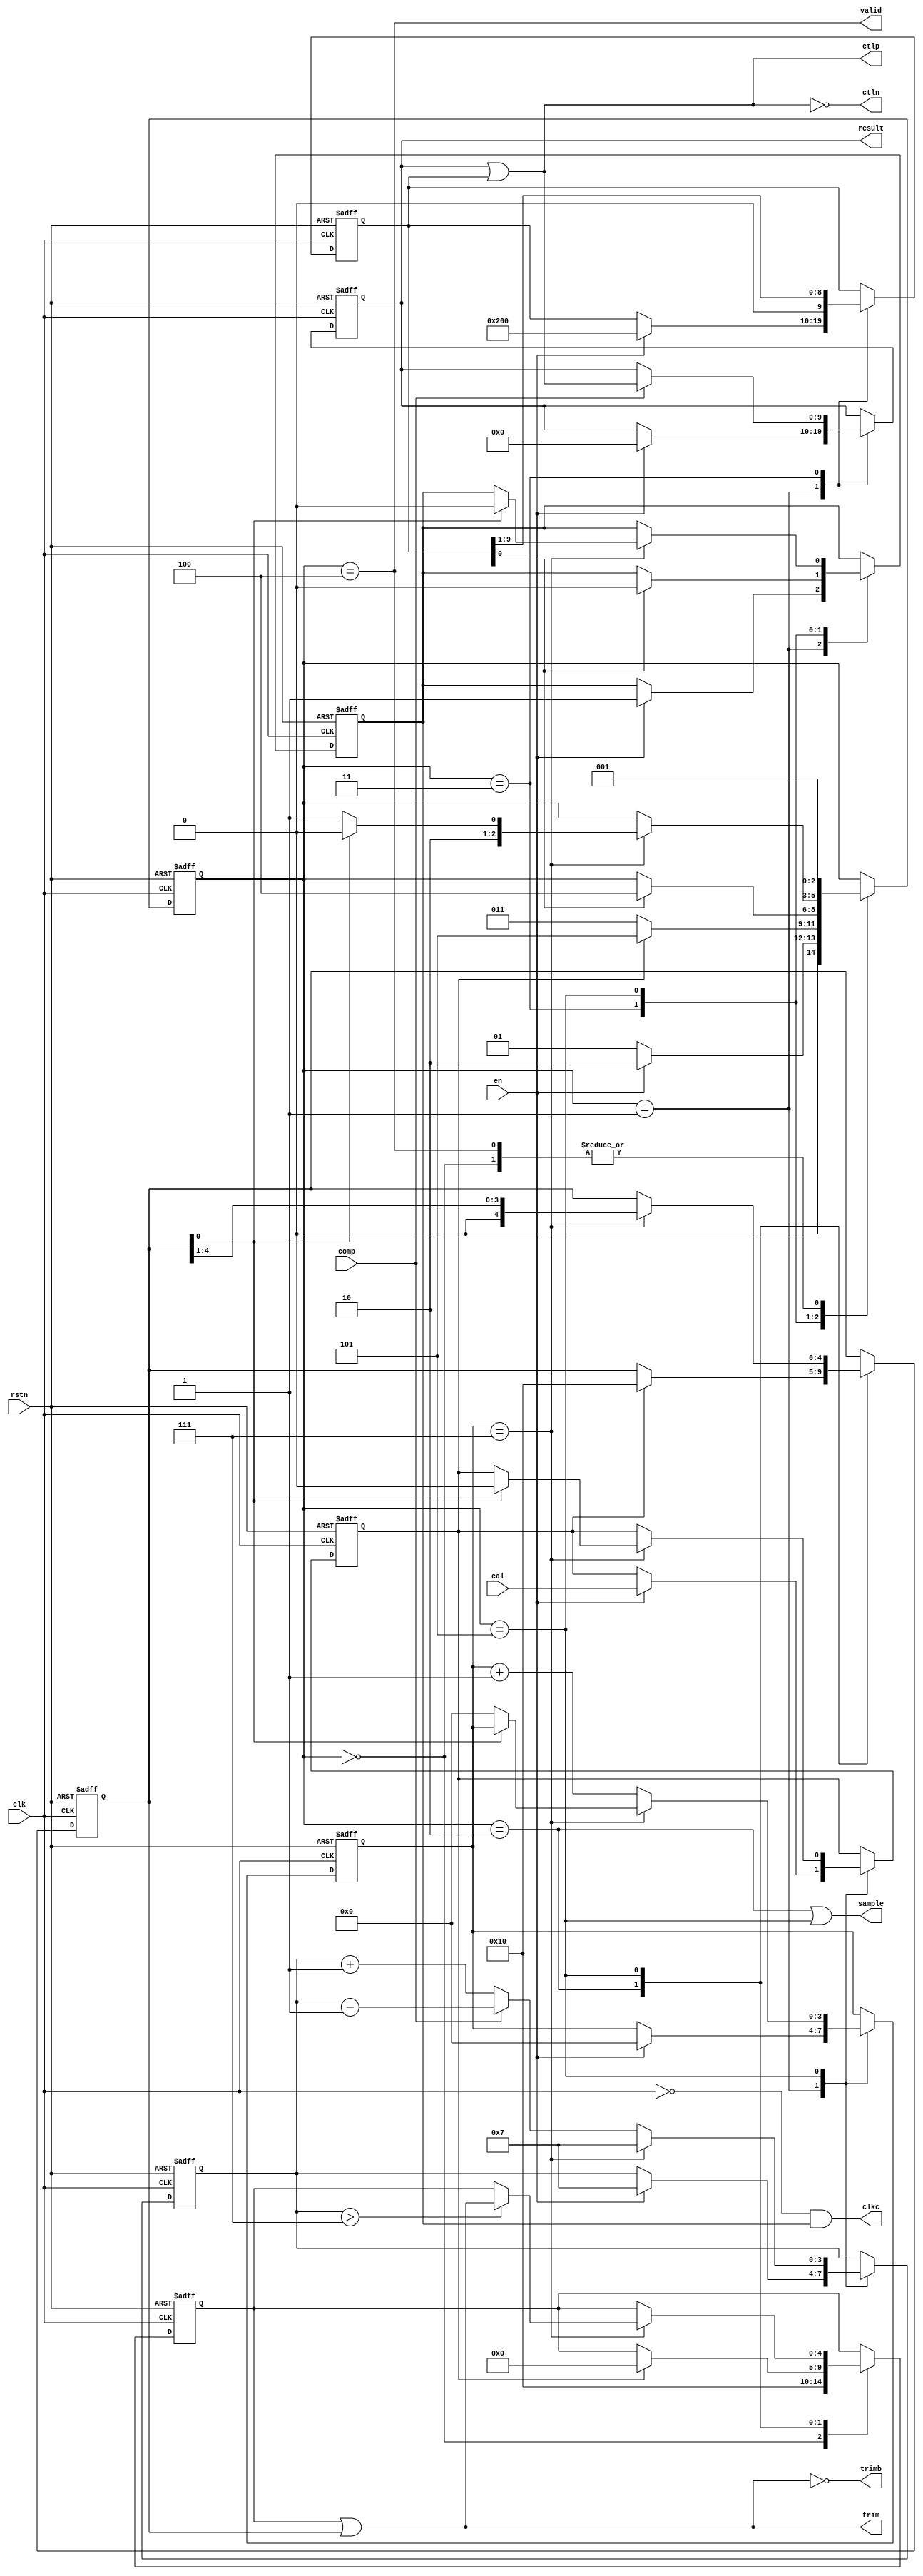
module sarlogic(

    `ifdef USE_POWER_PINS
        inout vdd,
        inout vss,
    `endif

    input           clk,        // クロック入力
    input           rstn,       // リセット信号 (負論理)
    input           en,         // 有効化信号
    input           comp,       // コンパレータの出力
    input           cal,        // 校正信号

    output          valid,      // 結果が有効かどうかを示す信号
    output  [9:0]   result,     // SAR ADCの結果
    
    output  		sample,     // サンプリング信号
    output  [9:0]   ctlp,       // 制御信号 (ポジティブ)
    output  [9:0]   ctln,       // 制御信号 (ネガティブ)
    output  [4:0]   trim,       // トリム値
    output  [4:0]   trimb,      // トリム値 (補数)
    output          clkc);      // クロック信号 (出力用)

    // 内部レジスタと状態の定義
    reg             calibrate;  // 校正モードのフラグ
    reg     [2:0]   state;      // 状態を保持するレジスタ
    reg     [9:0]   mask;       // マスクレジスタ
    reg     [4:0]   trim_mask;  // トリム用マスク
    reg     [9:0]   result;     // 結果を保持するレジスタ
    reg     [4:0]   trim_val;   // トリム値を保持するレジスタ
    reg             sample;     // サンプリングフラグ
    reg             co_clk;     // 外部クロック制御用
    reg             en_co_clk;  // 外部クロック有効化フラグ
    reg     [3:0]   cal_count;  // 校正カウンタ
    reg     [3:0]   cal_itt;    // 校正イテレーションカウンタ

    // 状態定数の定義
    parameter sInit=0, sWait=1, sSample=2, sConv=3, sDone=4, sCal=5;

    // 初期状態の設定
    initial begin
        state <= sInit;
        // 以下、各種レジスタの初期化
        mask <= 0;
        trim_mask <= 0;
        result <= 0;
        co_clk <= 0;
        en_co_clk <= 0;
        cal_itt <= 0;
        cal_count <= 7;
        trim_val <= 0;
        calibrate <= 0;
    end

    // 外部クロック信号の生成
    always @(clk) begin
        clkc <= (~clk & en_co_clk);
    end

     always @(posedge clk or negedge rstn) begin
        // ネガティブエッジのリセットまたはポジティブエッジのクロックに反応
        if (!rstn) begin
            // リセット信号がアクティブな場合、初期状態と初期値にリセット
            state <= sInit;
            mask <= 0;
            trim_mask <= 0;
            result <= 0;
            co_clk <= 0;
            en_co_clk <= 0;
            cal_itt <= 0;
            cal_count <= 7;
            trim_val <= 0;
            calibrate <= 0;
        end
        else begin
            // 状態マシンのロジック
            case (state)

                sInit : begin
                    // 初期状態：トリム値を設定し、待機状態に移行
                    trim_val <= 5'b10000;
                    state <= sWait;
                end

                sWait : begin
                    // 待機状態：有効信号がアクティブになるのを待つ
                    if(en) begin
                        // 有効化されたら、変数をリセットし、サンプル状態に移行
                        result <= 0;
                        cal_itt <= 0;
                        cal_count <= 7;
                        state <= sSample;
                        calibrate <= cal;
                        mask <= 10'b1000000000;
                        en_co_clk <= 1;
                    end
                    else state <= sWait;
                end

		    	sSample : begin
                    // サンプル状態：校正モードか変換モードかを判断
                    if (calibrate) begin
                        // 校正モードの場合、校正状態に移行
                        state <= sCal;
                        trim_val <= 5'b00000;
		    		    trim_mask <= 5'b10000;
                    end
                    else begin
                        // 変換モードの場合、変換状態に移行
                        state <= sConv;
                    end
		    	end

                sConv : begin
                    // 変換状態：コンパレータの出力に基づき結果を更新
                	if (comp) result  <= result | mask;
                    mask <= mask >> 1;                
                    if (mask[0]) begin
                        // 全ビットの処理が完了したら、完了状態に移行
                        state <= sDone;
                        en_co_clk <=0;
                    end
                end

                sCal: begin
                    // 校正状態：トリム値の調整を行う
                    if(cal_itt == 7) begin
                        if (cal_count > 7) begin
                            trim_val <= trim_val | trim_mask;
                        end
                        trim_mask <= trim_mask >> 1;
                        if (trim_mask[0]) begin
                            // トリム処理が完了したら、完了状態に移行
                            state <= sDone;
                            en_co_clk <=0;
                            calibrate <= 0;
                        end else begin
                            cal_itt = 0;
                            state <= sCal;
                        end 
                        cal_count <= 7;
                    end else begin
                        if (comp) begin
                            cal_count <= cal_count - 1;
                        end else begin
		    				cal_count <= cal_count + 1;
                        end
                        cal_itt <= cal_itt + 1;
                    end 
                end

                sDone : begin
                    // 完了状態：次のサイクルの待機状態に移行
                    state <= sWait;
                end

            endcase
        end
    end

    // 出力信号のアサイン
    assign trim   = (trim_val | trim_mask );
    assign trimb  = ~(trim_val | trim_mask);
    assign sample = (state==sSample) || (state==sCal);
    assign valid  = state==sDone;
	assign ctlp   = result | mask;
	assign ctln   = ~(result | mask);

endmodule